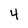
Character: 4